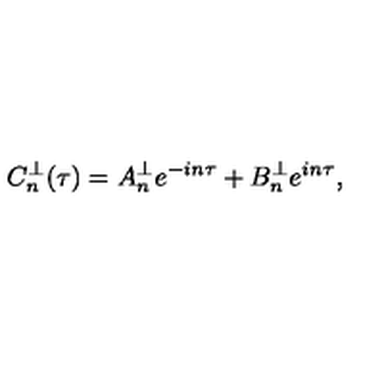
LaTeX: C _ { n } ^ { \perp } ( \tau ) = A _ { n } ^ { \perp } e ^ { - i n \tau } + B _ { n } ^ { \perp } e ^ { i n \tau } ,